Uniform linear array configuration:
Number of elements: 32
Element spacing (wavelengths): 1
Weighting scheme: hamming
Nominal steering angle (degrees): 30
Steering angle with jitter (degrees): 29.93
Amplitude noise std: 0.05
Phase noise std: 0.05

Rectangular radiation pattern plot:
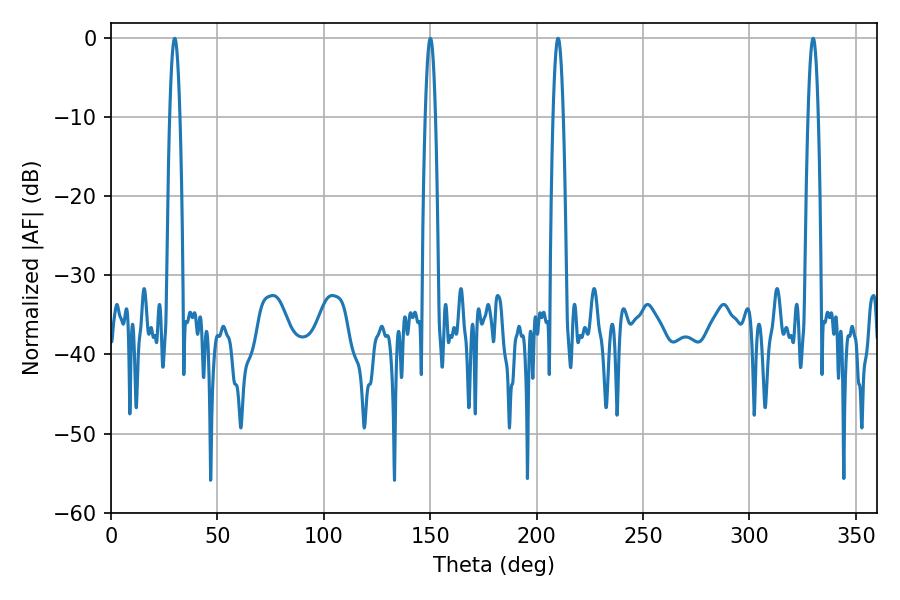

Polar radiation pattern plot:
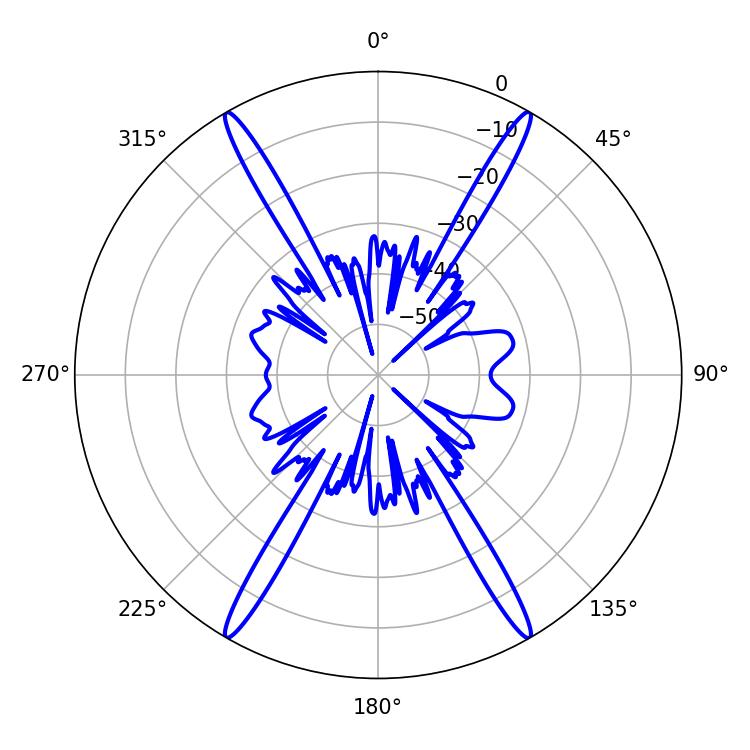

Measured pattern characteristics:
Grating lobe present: TRUE
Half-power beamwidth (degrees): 2.52
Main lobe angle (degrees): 210.06